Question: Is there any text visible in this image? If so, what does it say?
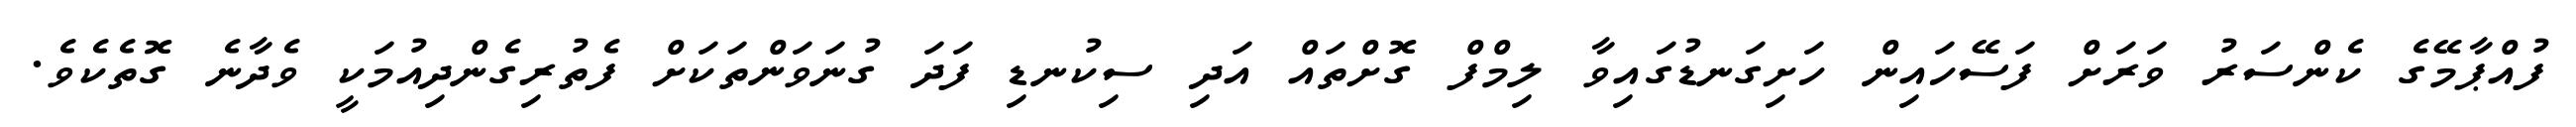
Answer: ފުއްޕާމޭގެ ކެންސަރު ވަރަށް ފަސޭހައިން ހަށިގަނޑުގައިވާ ލިމްފް ގޮށްތައް އަދި ސިކުނޑި ފަދަ ގުނަވަންތަކަށް ފެތުރިގެންދިއުމަކީ ވެދާނެ ގޮތެކެވެ.